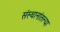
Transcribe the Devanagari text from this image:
संस्थानांतल्या